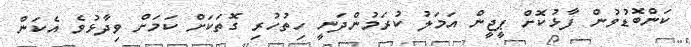
ކަންބޮޑުވުން ފާޅުކޮށް ޕީޖީން އަމަލު ކުރަމުންދަނީ ހިތުހުރި ގޮތަކަށް ކަމަށް ވިދާޅުވެ އެކަން